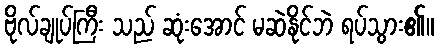
ဗိုလ်ချုပ်ကြီး သည် ဆုံးအောင် မဆဲနိုင်ဘဲ ရပ်သွား၏။